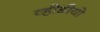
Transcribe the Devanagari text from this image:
व्हीडीयो